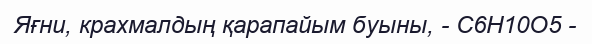
Яғни, крахмалдың қарапайым буыны, - C6H10O5 -